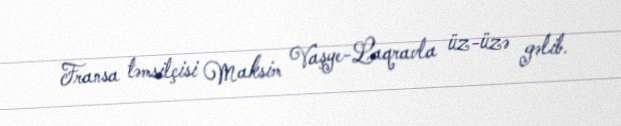
Fransa təmsilçisi Maksim Vaşye-Laqravla üz-üzə gəlib.